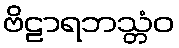
ဗိဠာရဘသ္တံဝ